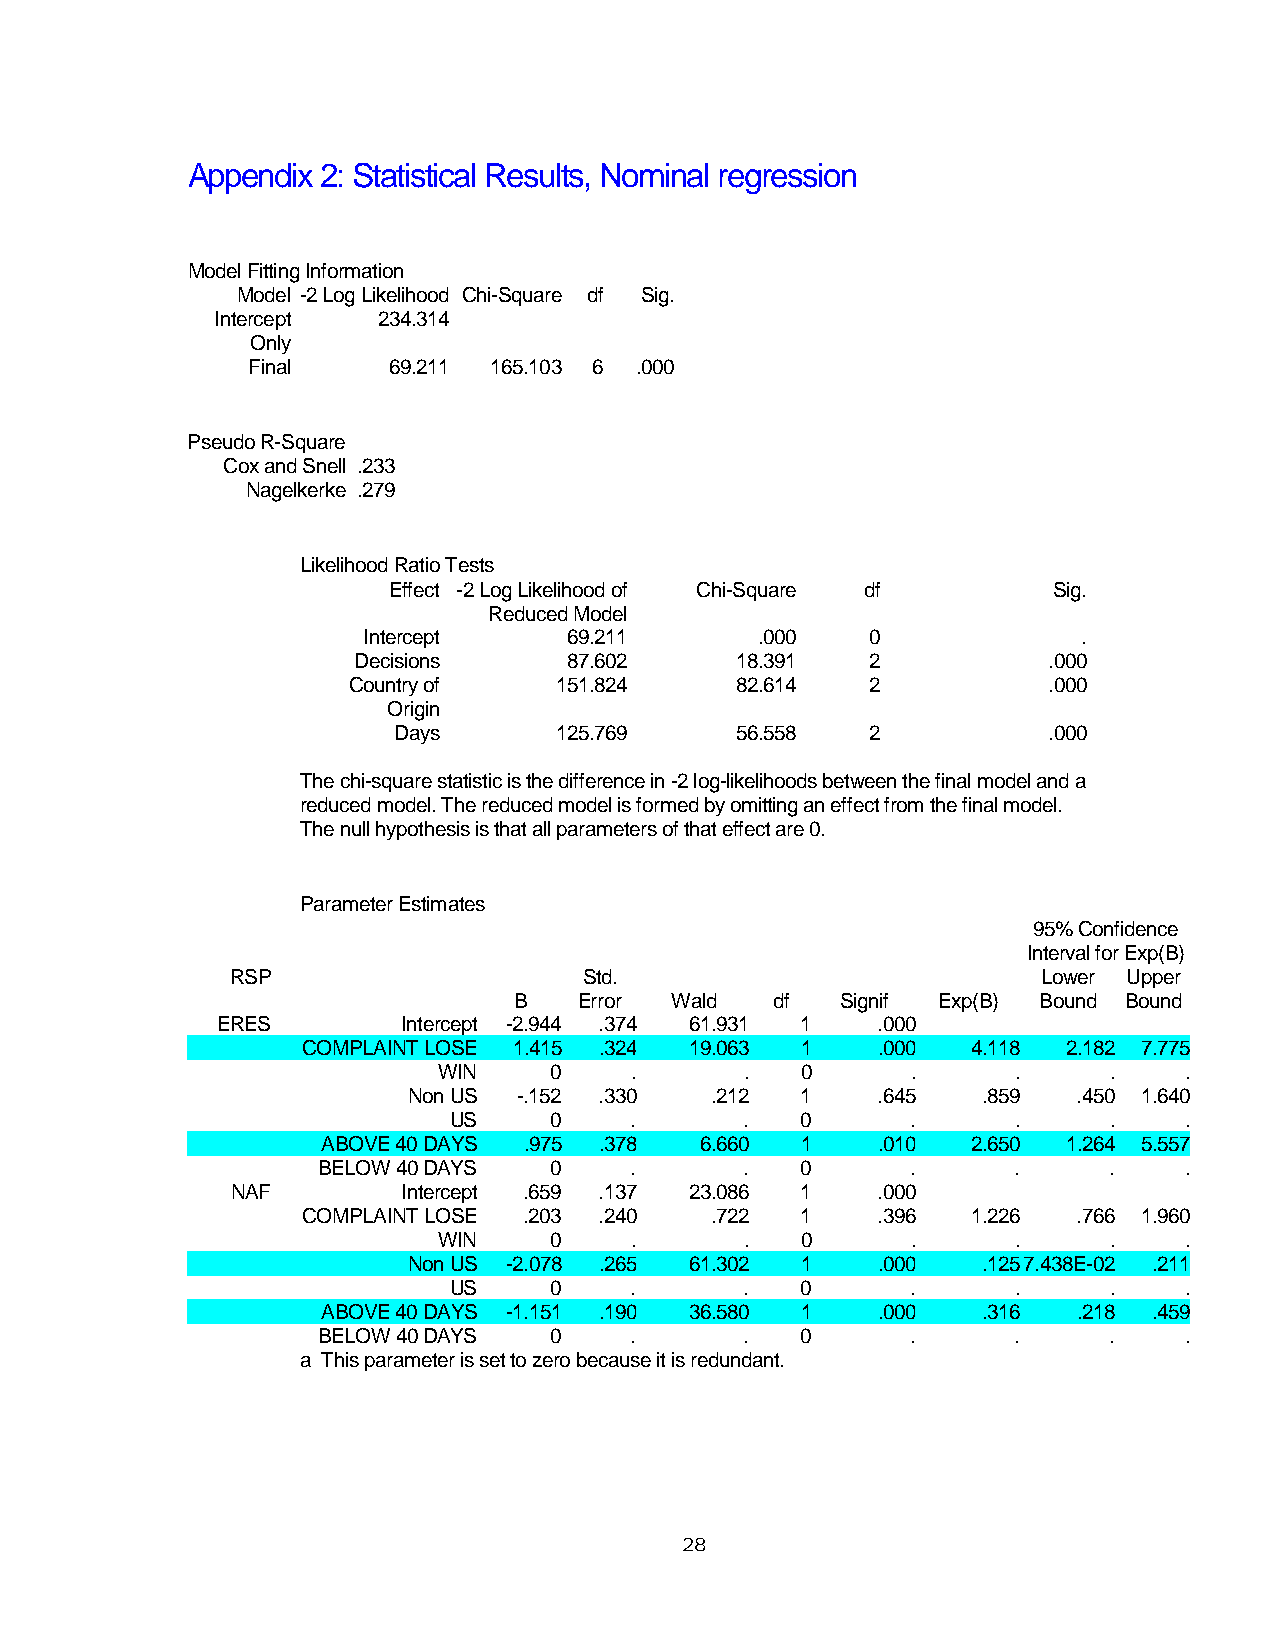
Appendix 2: Statistical Results, Nominal regression
 Model Fitting Information
 Model -2 Log Likelihood Chi-Square df Sig.
 Intercept  234.314
 Only
 Final     69.211 165.103 6 .000
 Pseudo R-Square
 Cox and Snell .233
 Nagelkerke .279
 Likelihood Ratio Tests
 Effect -2 Log Likelihood of Chi-Square df   Sig.
 Reduced Model
 Intercept     69.211      .000    0             .
 Decisions      87.602     18.391   2          .000
 Country of    151.824     82.614   2          .000
 Origin
 Days       125.769     56.558   2          .000
 The chi-square statistic is the difference in -2 log-likelihoods between the final model and a
 reduced model. The reduced model is formed by omitting an effect from the final model.
 The null hypothesis is that all parameters of that effect are 0.
 Parameter Estimates
 95% Confidence
 Interval for Exp(B)
 RSP                     Std.                          Lower Upper
 B   Error Wald   df   Signif Exp(B) Bound Bound
 ERES         Intercept -2.944 .374 61.931 1 .000
 COMPLAINT LOSE 1.415 .324 19.063 1    .000  4.118  2.182 7.775
 WIN    0     .      .   0      .      .     .    .
 Non US -.152 .330   .212  1    .645   .859  .450 1.640
 US    0     .      .   0      .      .     .    .
 ABOVE 40 DAYS .975 .378  6.660  1    .010  2.650  1.264 5.557
 BELOW 40 DAYS  0     .      .   0      .      .     .    .
 NAF         Intercept .659 .137 23.086 1   .000
 COMPLAINT LOSE .203 .240   .722  1    .396  1.226  .766 1.960
 WIN    0     .      .   0      .      .     .    .
 Non US -2.078 .265 61.302 1    .000   .1257.438E-02 .211
 US    0     .      .   0      .      .     .    .
 ABOVE 40 DAYS -1.151 .190 36.580 1   .000   .316  .218 .459
 BELOW 40 DAYS  0     .      .   0      .      .     .    .
 a This parameter is set to zero because it is redundant.
 28